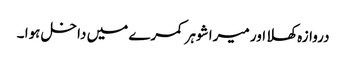
دروازہ کھلا اور میرا شوہر کمرے میں داخل ہوا ۔